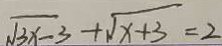
\sqrt { 3 x - 3 } + \sqrt { x + 3 } = 2